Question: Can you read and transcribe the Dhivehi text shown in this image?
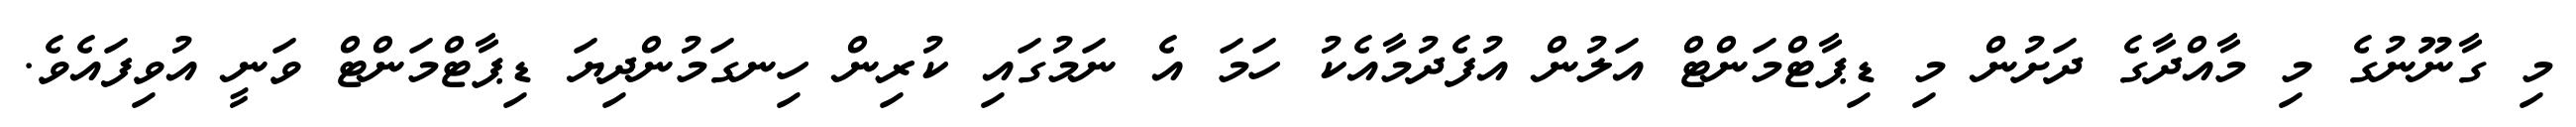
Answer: މި ގާނޫނުގެ މި މާއްދާގެ ދަށުން މި ޑިޕާޓްމަންޓް އަލުން އުފެދުމާއެކު ހަމަ އެ ނަމުގައި ކުރިން ހިނގަމުންދިޔަ ޑިޕާޓްމަންޓް ވަނީ އުވިފައެވެ.